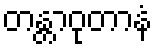
တန္တာဝုတာနံ